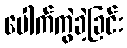
ပေါက်ကွဲခဲ့ခြင်း